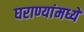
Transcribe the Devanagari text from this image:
घराण्यांमध्ये